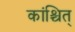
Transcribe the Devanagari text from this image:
कांश्चित्